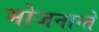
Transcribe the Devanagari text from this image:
भोजनान्ते